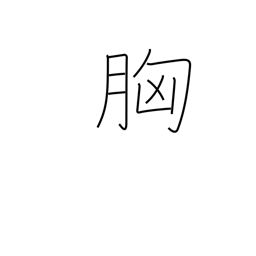
Meaning: breast